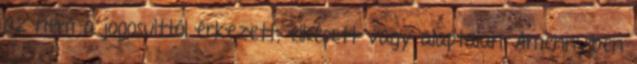
az nem a jogosulttól érkezett, elkésett vagy alaptalan. Amennyiben